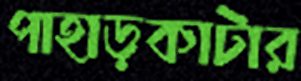
পাহাড়কাটার